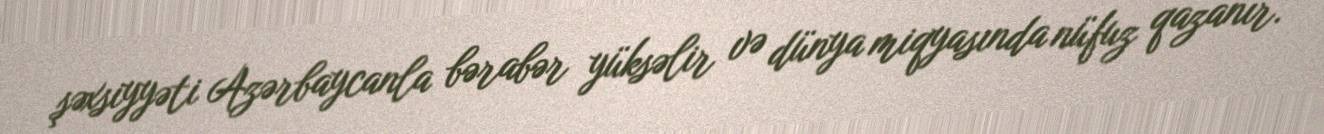
şəxsiyyəti Azərbaycanla bərabər yüksəlir və dünya miqyasında nüfuz qazanır.